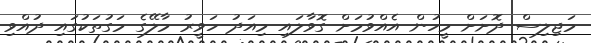
މަޖިލިސް ދޮށަށް މީހުން އެއްވުމަށް ގޮވާލައި މިއަދު ހަވީރު މާލޭގެ މަގުތަކުގައި ދުއްވި